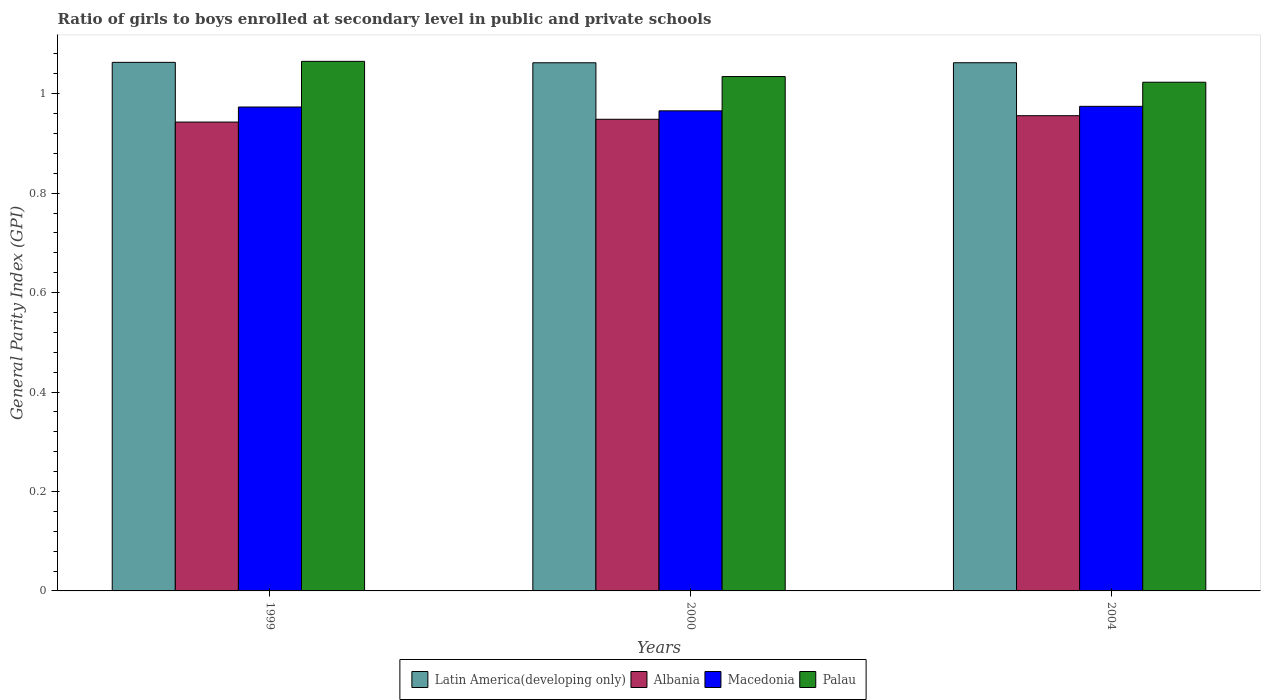
| Years | Latin America(developing only) | Albania | Macedonia | Palau |
 | --- | --- | --- | --- | --- |
 | 1999 | 1.06 | 0.943 | 0.973 | 1.07 |
 | 2000 | 1.06 | 0.949 | 0.965 | 1.03 |
 | 2004 | 1.06 | 0.956 | 0.975 | 1.02 |